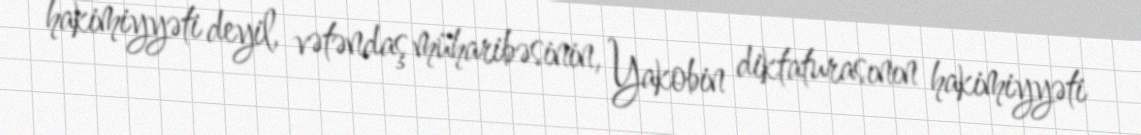
hakimiyyəti deyil, vətəndaş müharibəsinin, Yakobin diktaturasının hakimiyyəti